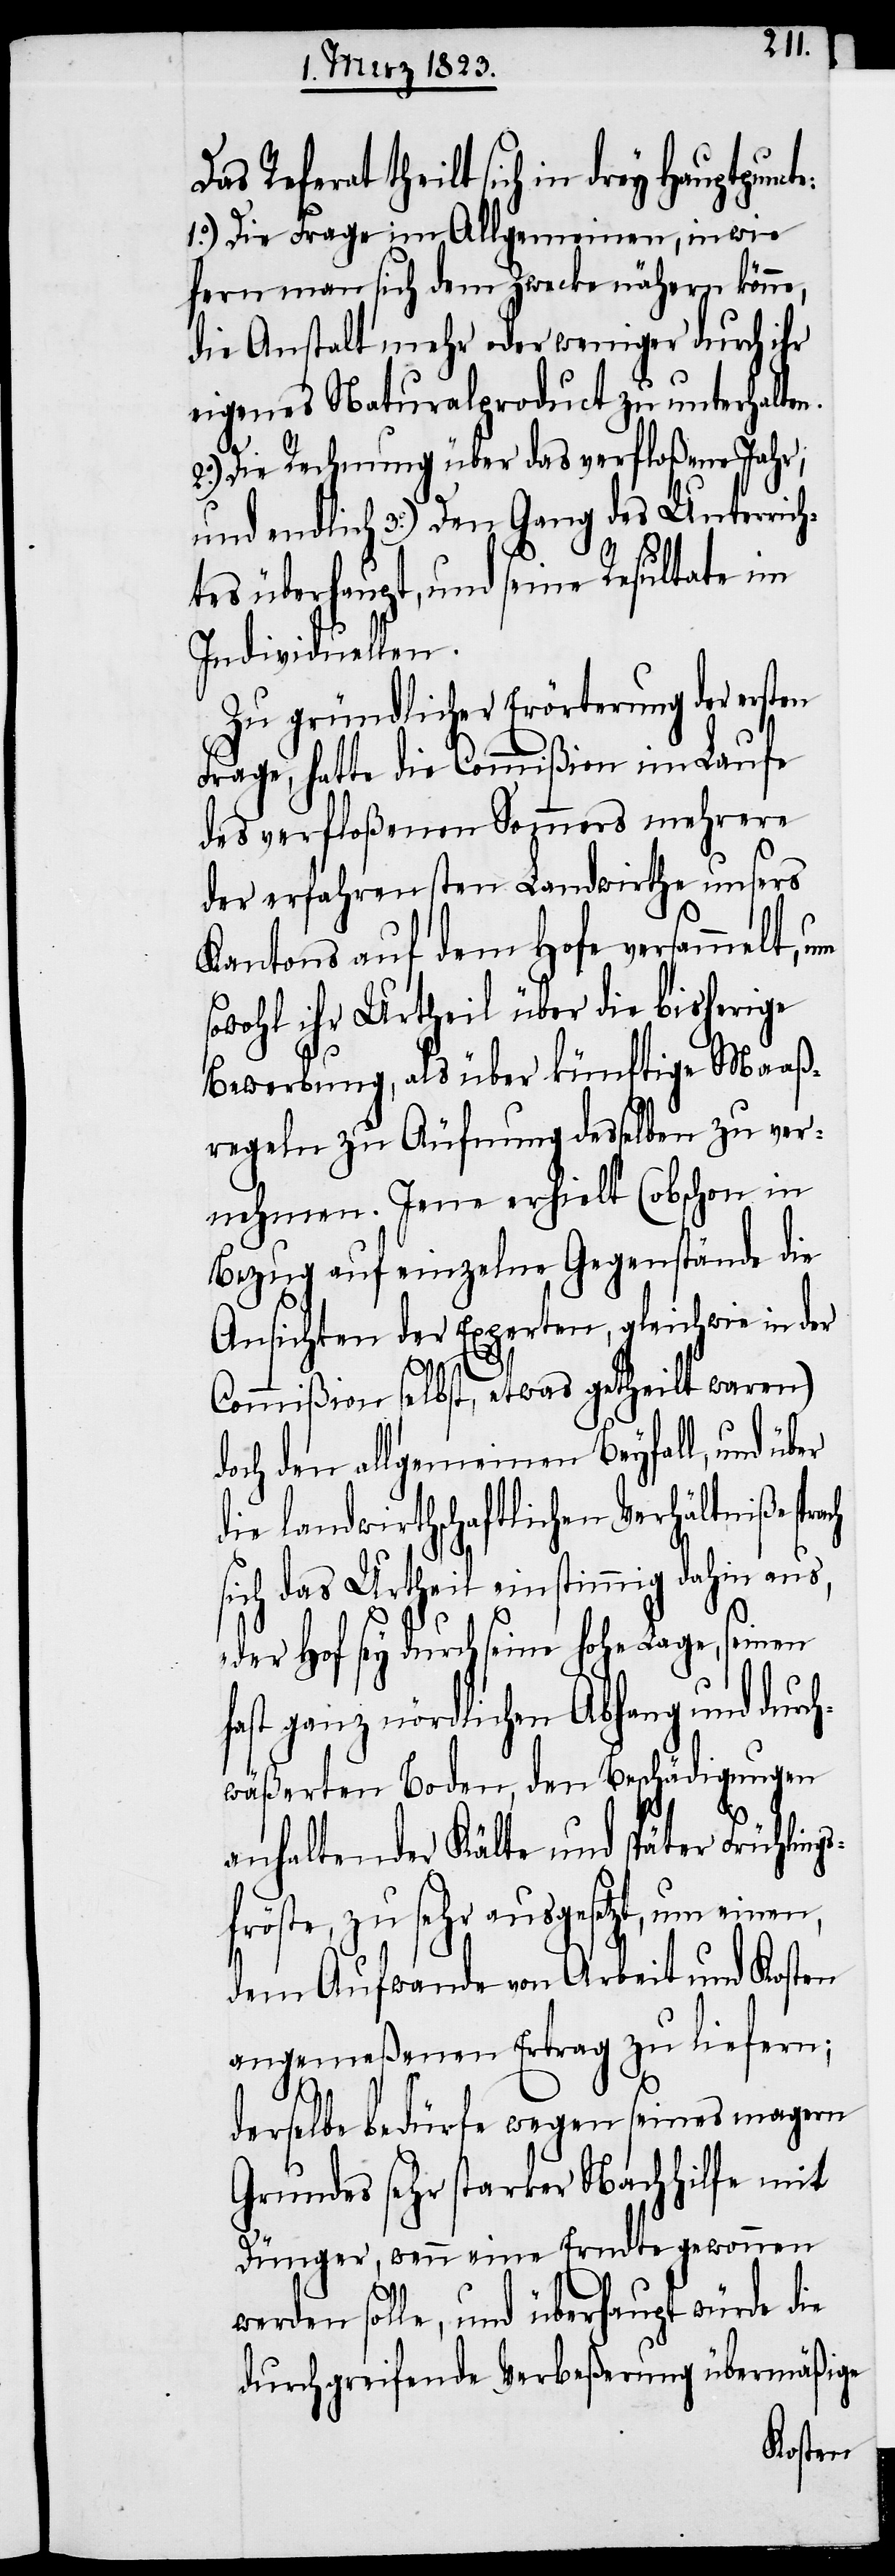
Das Referat theilt sich in drey
1.o) Die Frage im allgemeinen, in wie
fern man sich dem Zwecke nähern könne,
die Anstalt mehr oder weniger durch ihr
eigenes Naturalproduct zu unterhalten.
2.o) Die Rechnung über das verfloßene Jahr;
und endlich 3.o) Den Gang des Unterrich¬
tes überhaupt, und seine Resultate im
Individuellen.
Zu gründlicher Erörterung der ersten
Frage, hatte die Commißion im Laufe
des verfloßenen Sommers mehrere
der erfahrensten Landwirthe unsers
Kantons auf dem Hofe versammelt, um
sowohl ihr Urtheil über die bisherige
Bewerbung, als über künftige Maaß¬
regeln zu Äufnung desselben zu ver¬
nehmen. Jene erhielt (obschon in
Bezug auf einzelne Gegenstände die
Ansichten der Experten, gleichwie in der
Commißion selbst, etwas getheilt waren)
doch den allgemeinen Beyfall, und über
ie landwirthschaftlichen Verhältniße
sich das Urtheil einstimmig dahin aus,
„der Hof sey durch seine hohe Lage, seinen
fast ganz nördlichen Abhang und durc¬
hwäßerten Boden, den Beschädigungen
anhaltender Kälte und später Frühling¬
sfröste, zu sehr ausgesetzt, um einen,
dem Aufwande von Arbeit und Kosten
angemeßenen Ertrag zu liefern;
d¬
derselbe bedürfe wegen seines magern
Grundes sehr starker Nachhilfe mit
Dünger, wenn eine Erndte gewonnen
werden solle, und überhaupt würde die
durchgreifende Verbeßerung übermäßige